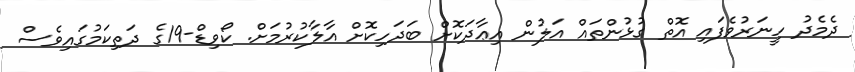
ދެމެދު ހީނަރުވެފައި އޮތް ގުޅުންތައް އަލުން އިޢާދަކޮށް ބަދަހިކޮށް އާލާކުރުމަށް. ކޯވިޑް-19ގެ ދަތިކަމުގައިވެސް